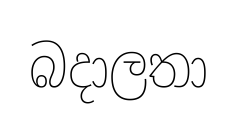
බදාලතා